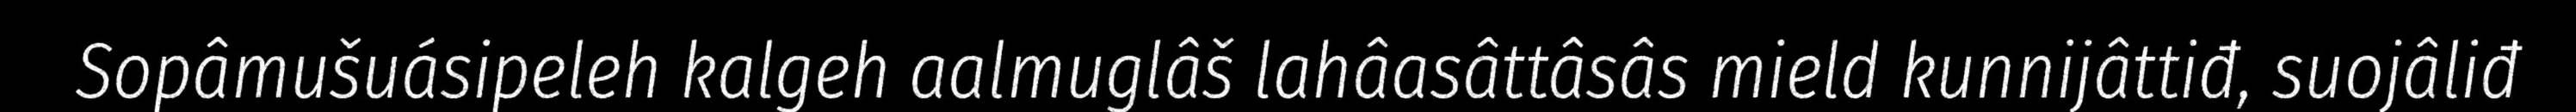
Sopâmušuásipeleh kalgeh aalmuglâš lahâasâttâsâs mield kunnijâttiđ, suojâliđ